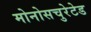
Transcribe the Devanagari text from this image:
मोनोसचुरेटेड